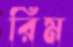
রিম